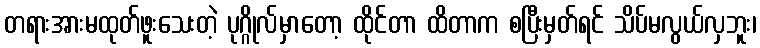
တရားအားမထုတ်ဖူးသေးတဲ့ ပုဂ္ဂိုလ်မှာတော့ ထိုင်တာ ထိတာက စပြီးမှတ်ရင် သိပ်မလွယ်လှဘူး၊